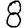
Digit: 8